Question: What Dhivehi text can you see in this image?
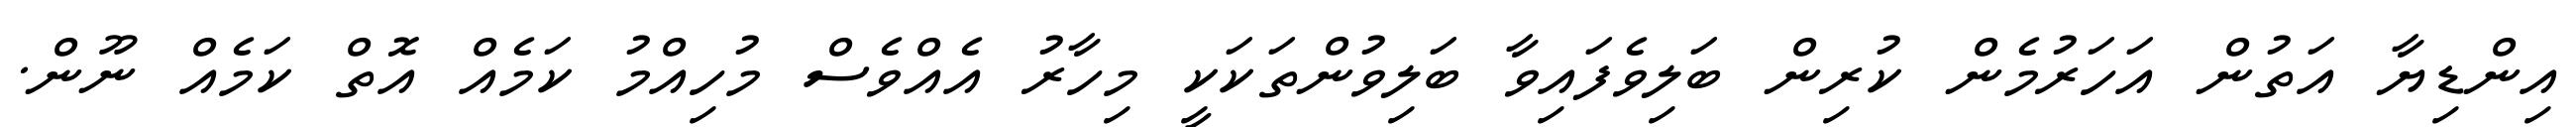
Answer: އިންޑިޔާ އަތުން އަހަރުމެން ކުރިން ބަލިވެފައިވާ ބަލިވުންތަކަކީ މިހާރު އެއްވެސް މުހިއްމު ކަމެއް އޮތް ކަމެއް ނޫން.